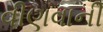
વીણવાની